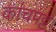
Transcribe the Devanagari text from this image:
कांचपट्ट